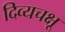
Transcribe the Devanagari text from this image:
दिव्यचक्षू